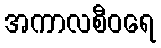
အကာလစီဝရေ